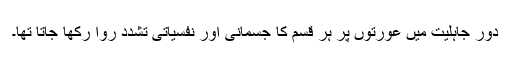
دور جاہلیت میں عورتوں پر ہر قسم کا جسمانی اور نفسیاتی تشدد روا رکھا جاتا تھا۔